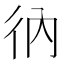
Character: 𢓇